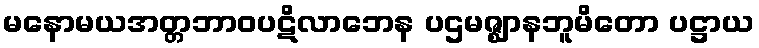
မနောမယအတ္တဘာဝပဋိလာဘေန ပဌမဇ္ဈာနဘူမိတော ပဋ္ဌာယ